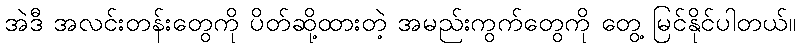
အဲဒီ အလင်းတန်းတွေကို ပိတ်ဆို့ထားတဲ့ အမည်းကွက်တွေကို တွေ့ မြင်နိုင်ပါတယ်။